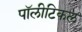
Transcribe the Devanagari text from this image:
पॉलीटिकल